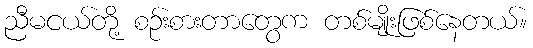
ညီမငယ်တို့ စဉ်းစားတာတွေက တစ်မျိုးဖြစ်နေတယ်။